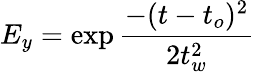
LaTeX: E_{y}=\exp{\frac{-(t-t_{o})^{2}}{2t_{w}^{2}}}